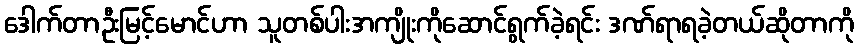
ဒေါက်တာဦးမြင့်မောင်ဟာ သူတစ်ပါးအကျိုးကိုဆောင်ရွက်ခဲ့ရင်း ဒဏ်ရာရခဲ့တယ်ဆိုတာကို